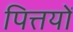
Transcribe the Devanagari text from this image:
पित्तयों